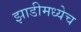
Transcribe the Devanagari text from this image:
झाडीमध्येच